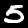
Label: 5